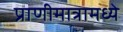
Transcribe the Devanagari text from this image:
प्राणीमात्रामध्ये